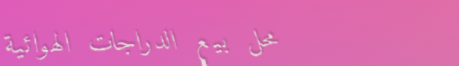
محل بيع الدراجات الهوائية